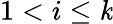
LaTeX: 1<i\leq\mathit{k}